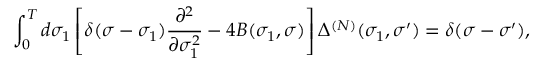
\int _ { 0 } ^ { T } d \sigma _ { 1 } \left[ \delta ( \sigma - \sigma _ { 1 } ) \frac { \partial ^ { 2 } } { \partial \sigma _ { 1 } ^ { 2 } } - 4 B ( \sigma _ { 1 } , \sigma ) \right] \Delta ^ { ( N ) } ( \sigma _ { 1 } , \sigma ^ { \prime } ) = \delta ( \sigma - \sigma ^ { \prime } ) ,